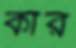
কার